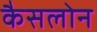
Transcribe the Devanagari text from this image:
कैसलोन